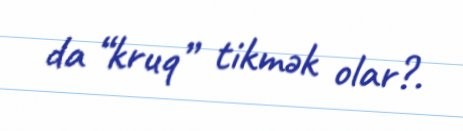
da “kruq” tikmək olar?.